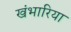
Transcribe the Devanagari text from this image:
खंभारिया